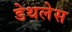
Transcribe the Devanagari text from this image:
डेथलेस